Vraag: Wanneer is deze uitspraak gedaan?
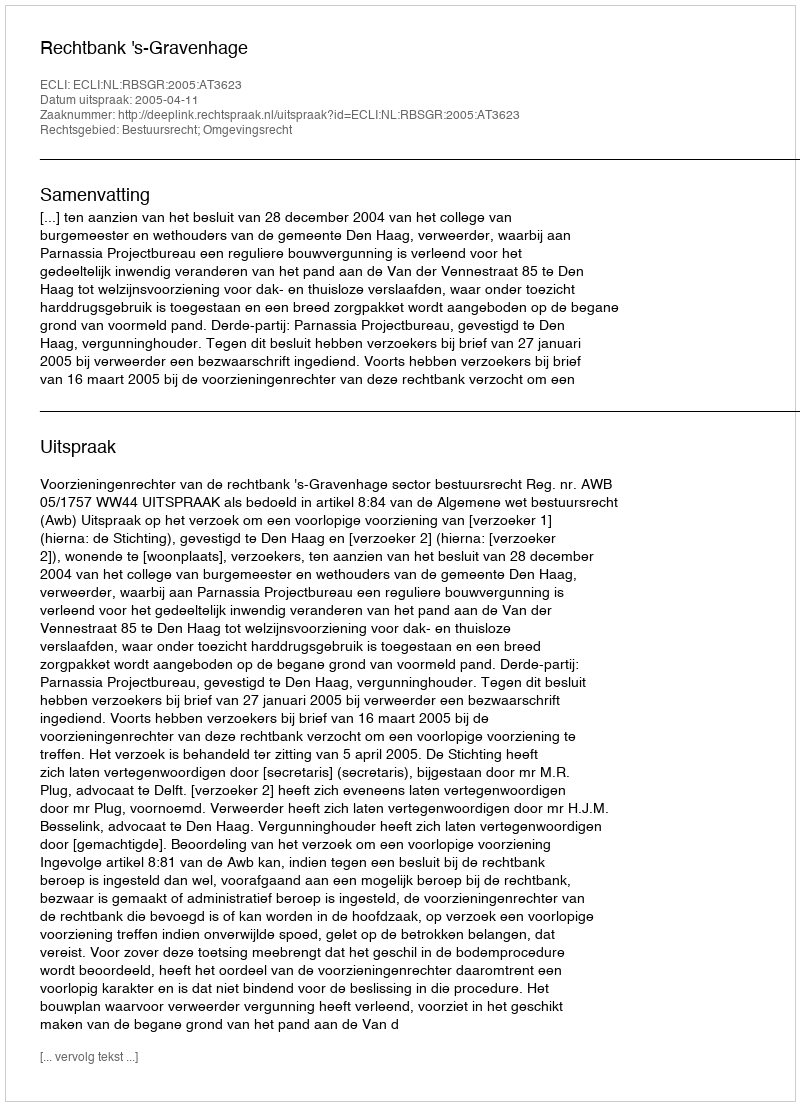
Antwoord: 2005-04-11